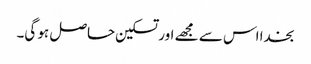
بخدا اس سے مجھے اور تسکین حاصل ہو گی۔